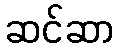
ဆင်ဆာ